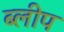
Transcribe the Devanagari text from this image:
ब्लीप